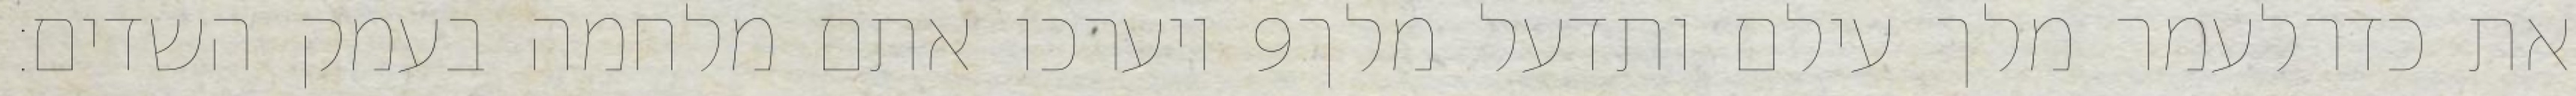
ויערכו אתם מלחמה בעמק השדים׃ ‎9‏ את כדרלעמר מלך עילם ותדעל מלך